Statistics compiled by the Government of India from the reports of provincial Civil Veterinary Departments
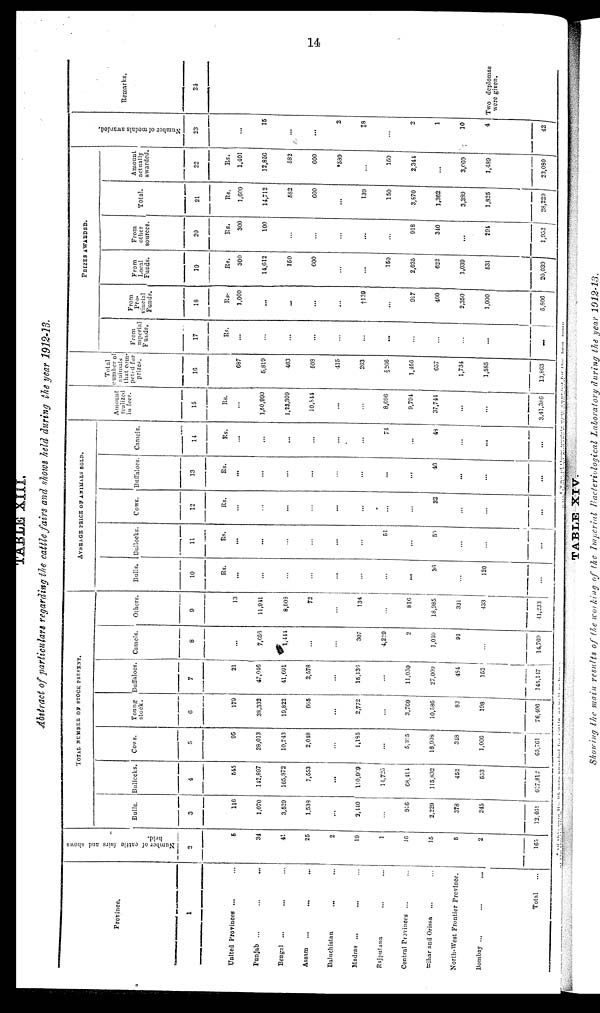
14
TABLE XIII.
Abstract of particulars regarding the cattle fairs and shows held during the year 1912-13.
Province.
1
United Provinces ... ...
Punjab ... ... ...
Bengal ... ... ...
Assam
...
...
...
Baluchistan ... ...
Madras ... ... ...
Rajputana ... ... ... ...
Central Provinces ... ...
Bihar and Orissa
... ...
North-West Frontier Province.
Bombay ... ... ... ...
Total ...
Number of cattle fairs and shows
held.
2
5
34
41
25
2
19
1
16
15
5
2
165
TOTAL NUMBER OF STOCK PRESENT.
Bulls.
3
116
1,070
3,529
1,538
...
2,440
...
916
2,229
378
245
12,461
Bullocks.
4
545
142,897
165,872
7,553
...
110,969
14,725
68,414
115,832
452
553
627,812
Cows.
5
95
28,013
10,743
2,048
...
1,185
...
5,355
16,908
348
1,066
65,761
Young
stock.
6
179
38,332
19,822
665
...
2,772
...
3,769
10,586
83
198
76,406
Buffaloes.
7
21
47,046
41,691
2,578
...
15,136
...
11,030
27,009
484
152
145,147
Camels.
8
...
7,656
1,444
...
...
307
4,229
2
1,040
91
...
14,769
Others.
9
13
11,941
8,508
72
...
134
...
816
18,985
331
433
41,233
AVERAGE PRICE OF ANIMALS SOLD.
Bulls.
10
Rs.
...
...
...
...
...
...
...
...
36
...
120
...
Bullocks.
11
Rs.
...
...
...
...
...
...
51
...
50
...
...
...
Cows.
12
Rs.
...
...
...
...
...
...
...
...
32
...
...
...
Buffaloes.
13
Rs.
...
...
...
...
...
...
...
...
46
...
...
...
Camels.
14
Rs.
...
...
...
...
...
...
74
...
48
...
...
...
Amount
realized
in fees.
15
Rs.
...
1,50,999
1,23,309
10,844
...
...
8,696
9,794
37,744
...
...
3,41,386
Total
number o
animals
that com
peted for
prizes.
16
687
5,819
403
508
415
263
§266
1,466
657
1,734
1,585
13,863
PRIZES AWARDED.
From
mperial
Funds.
17
Rs.
...
...
...
...
...
...
...
...
...
...
...
...
From
Pro-
vincial
Funds.
18
Rs.
1,000
...
...
...
...
†139
...
917
400
2,350
1,000
5,806
From
Local
Funds.
19
Rs.
300
14,612
150
600
...
...
150
2,035
622
1,039
531
20,039
From
other
sources.
20
Rs.
300
100
...
...
...
...
...
918
340
...
294
1,952
Total.
21
Rs.
1,600
14,712
582
600
...
139
150
3,870
1,362
3,389
1,825
28,229
Amount
actually
awarded.
22
Rs.
1,401
12,856
582
600
*589
...
150
2,344
...
3,069
1,489
23,080
Nu mb e r of medals awarded.
23
...
15
...
...
2
‡8
2
1
10
4
42
Remarks.
24
Two deplomas
were given.